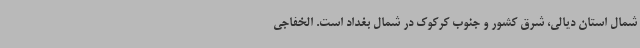
شمال استان دیالی، شرق کشور و جنوب کرکوک در شمال بغداد است. الخفاجی